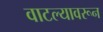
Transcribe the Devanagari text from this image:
वाटल्यावरून